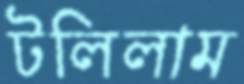
টলিলাম